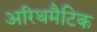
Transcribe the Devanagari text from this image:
अरिथमैटिक